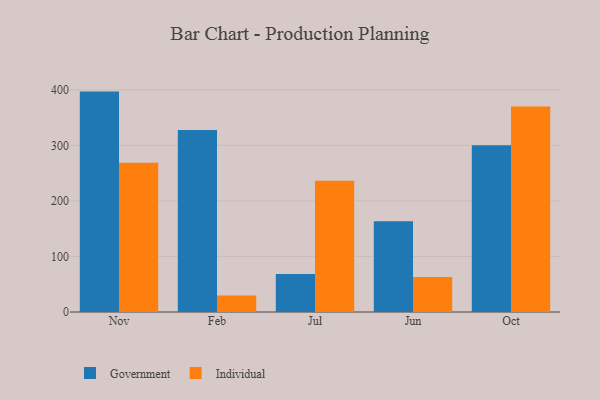
{"axis": {"x": "Month", "y": "LTV (USD)"}, "legend": ["Government", "Individual"], "data": [{"x": "Nov", "y": 396.7, "type": "Government"}, {"x": "Nov", "y": 268.5, "type": "Individual"}, {"x": "Feb", "y": 327.7, "type": "Government"}, {"x": "Feb", "y": 29.8, "type": "Individual"}, {"x": "Jul", "y": 68.2, "type": "Government"}, {"x": "Jul", "y": 236.4, "type": "Individual"}, {"x": "Jun", "y": 163.2, "type": "Government"}, {"x": "Jun", "y": 62.9, "type": "Individual"}, {"x": "Oct", "y": 300.1, "type": "Government"}, {"x": "Oct", "y": 369.9, "type": "Individual"}]}